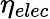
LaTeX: \eta_{elec}